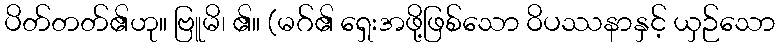
ပိတ်တတ်၏ဟု။ ဗြူမိ၊ ၏။ (မဂ်၏ ရှေးအဖို့ဖြစ်သော ဝိပဿနာနှင့် ယှဉ်သော